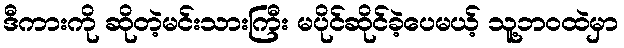
ဒီကားကို ဆိုတဲ့မင်းသားကြီး မပိုင်ဆိုင်ခဲ့ပေမယ့် သူ့ဘဝထဲမှာ